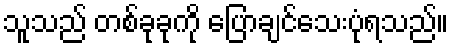
သူသည် တစ်ခုခုကို ပြောချင်သေးပုံရသည်။